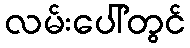
လမ်းပေါ်တွင်